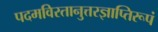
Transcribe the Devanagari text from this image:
पदमविरतानुत्तरज्ञाप्तिरूपं